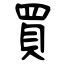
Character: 買